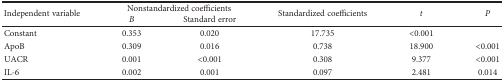
<table><thead><tr><td rowspan="2"><b>Independent variable</b></td><td colspan="2"><b>Nonstandardized coefficients</b></td><td rowspan="2"><b>Standardized coefficients</b></td><td rowspan="2"><b><i>t</i></b></td><td rowspan="2"><b><i>P</i></b></td></tr><tr><td><b><i>B</i></b></td><td><b>Standard error</b></td></tr></thead><tbody><tr><td>Constant</td><td>0.353</td><td>0.020</td><td>17.735</td><td>&lt;0.001</td><td></td></tr><tr><td>ApoB</td><td>0.309</td><td>0.016</td><td>0.738</td><td>18.900</td><td>&lt;0.001</td></tr><tr><td>UACR</td><td>0.001</td><td>&lt;0.001</td><td>0.308</td><td>9.377</td><td>&lt;0.001</td></tr><tr><td>IL-6</td><td>0.002</td><td>0.001</td><td>0.097</td><td>2.481</td><td>0.014</td></tr></tbody></table>